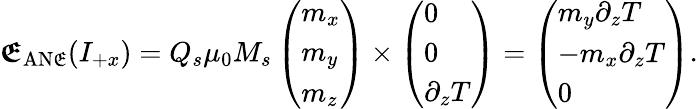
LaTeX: \boldsymbol{\mathfrak{E}}_{\mathrm{{AN\mathfrak{E}}}}(I_{+x})=Q_{s}\mu_{0}M_{s}\left(\begin{array}{l}{m_{x}}\\ {m_{y}}\\ {m_{z}}\end{array}\right)\times\left(\begin{array}{l}{0}\\ {0}\\ {\partial_{z}T}\end{array}\right)=\left(\begin{array}{l}{m_{y}\partial_{z}T}\\ {-m_{x}\partial_{z}T}\\ {0}\end{array}\right).